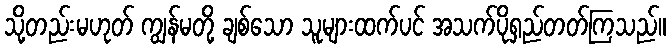
သို့တည်းမဟုတ် ကျွန်မတို့ ချစ်သော သူများထက်ပင် အသက်ပိုရှည်တတ်ကြသည်။